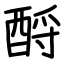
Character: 酹